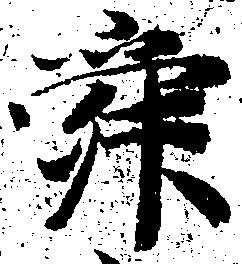
舜